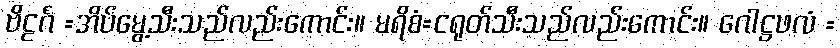
ဗိဠင်္ဂံ =အိပ်မွေ့သီးသည်လည်းကောင်း။ မရိစံ=ငရုတ်သီးသည်လည်းကောင်း။ ဂေါဋ္ဌဖလံ =